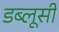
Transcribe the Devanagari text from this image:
डब्लूसी